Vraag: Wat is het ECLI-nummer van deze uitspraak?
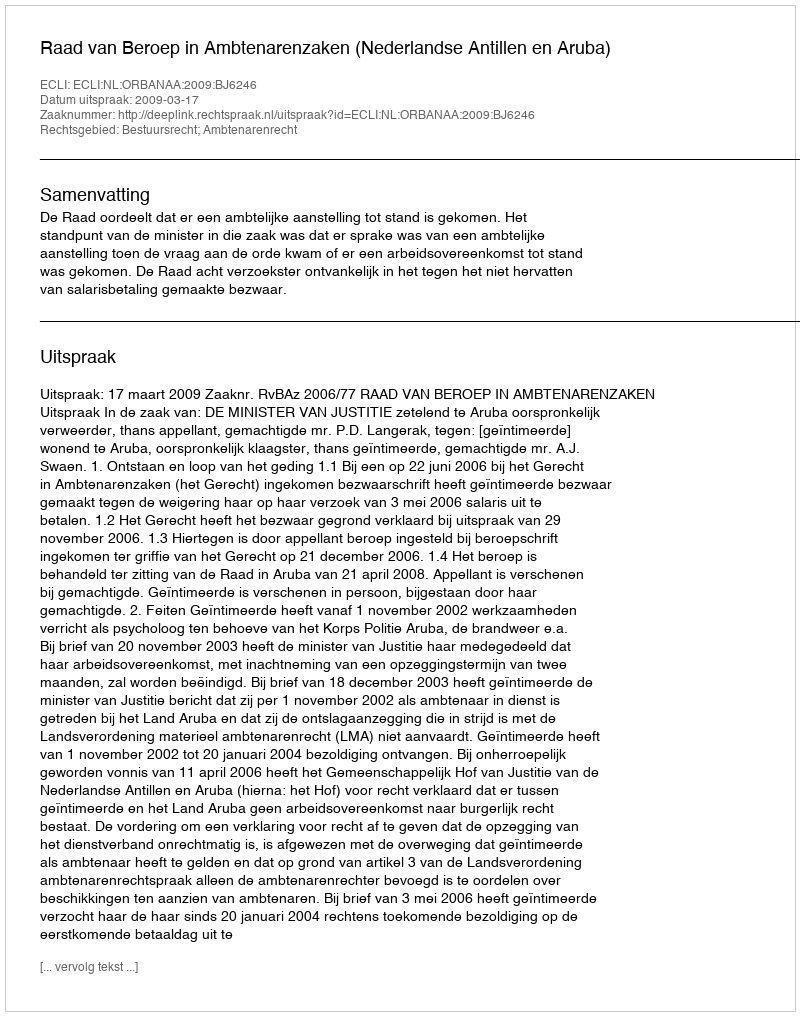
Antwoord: ECLI:NL:ORBANAA:2009:BJ6246